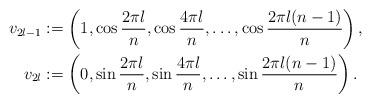
LaTeX: \begin{align*} v_{2l-1}&:=\left(1,\cos \frac{2 \pi l}{n},\cos \frac{4 \pi l}{n},\ldots,\cos \frac{2 \pi l (n-1)}{n}\right),\\ v_{2l}&:=\left(0,\sin \frac{2\pi l}{n},\sin \frac{4\pi l}{n},\ldots,\sin \frac{2 \pi l(n-1)}{n}\right). \end{align*}